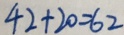
4 2 + 2 0 = 6 2